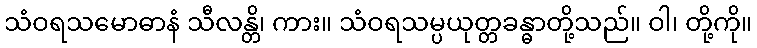
သံဝရသမောဓာနံ သီလန္တိ၊ ကား။ သံဝရသမ္ပယုတ္တခန္ဓာတို့သည်။ ဝါ၊ တို့ကို။